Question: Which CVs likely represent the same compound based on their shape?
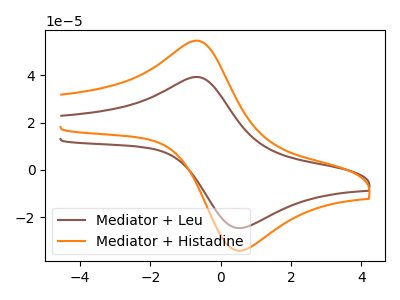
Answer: <think>The brown curve "Mediator + Leu" has an anodic peak at (-0.65V, 39.35uA) and a cathodic peak at (0.40V, -24.40uA). The orange curve "Mediator + Histadine" has an anodic peak at (-0.65V, 54.70uA) and a cathodic peak at (0.40V, -33.90uA).
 All the peaks in "Mediator + Leu" have a peak in "Mediator + Histadine" at the same potential. Every peak in "Mediator + Leu" is lower than every peak in "Mediator + Histadine".</think>
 <answer>"Mediator + Leu" and "Mediator + Histadine" have the same shape and are likely CV's of the same chemical.</answer>
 <eval>"Mediator + Leu" "Mediator + Histadine"</eval>